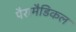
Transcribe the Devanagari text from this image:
पैरामैडिकल